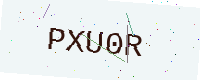
Text: PXU0R